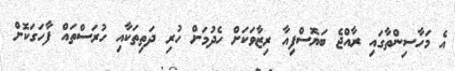
އެ މަހާސިންތާގައި ރާއްޖެ ބަޔޮސްފިއާ ރިޒާވަކަށް ހެދުމަށް ހުރި ދަތިތަކާއި ހުރަސްތައް ފާހަގަކޮށް